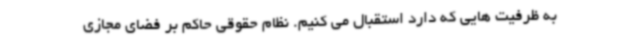
به ظرفیت هایی که دارد استقبال می کنیم. نظام حقوقی حاکم بر فضای مجازی